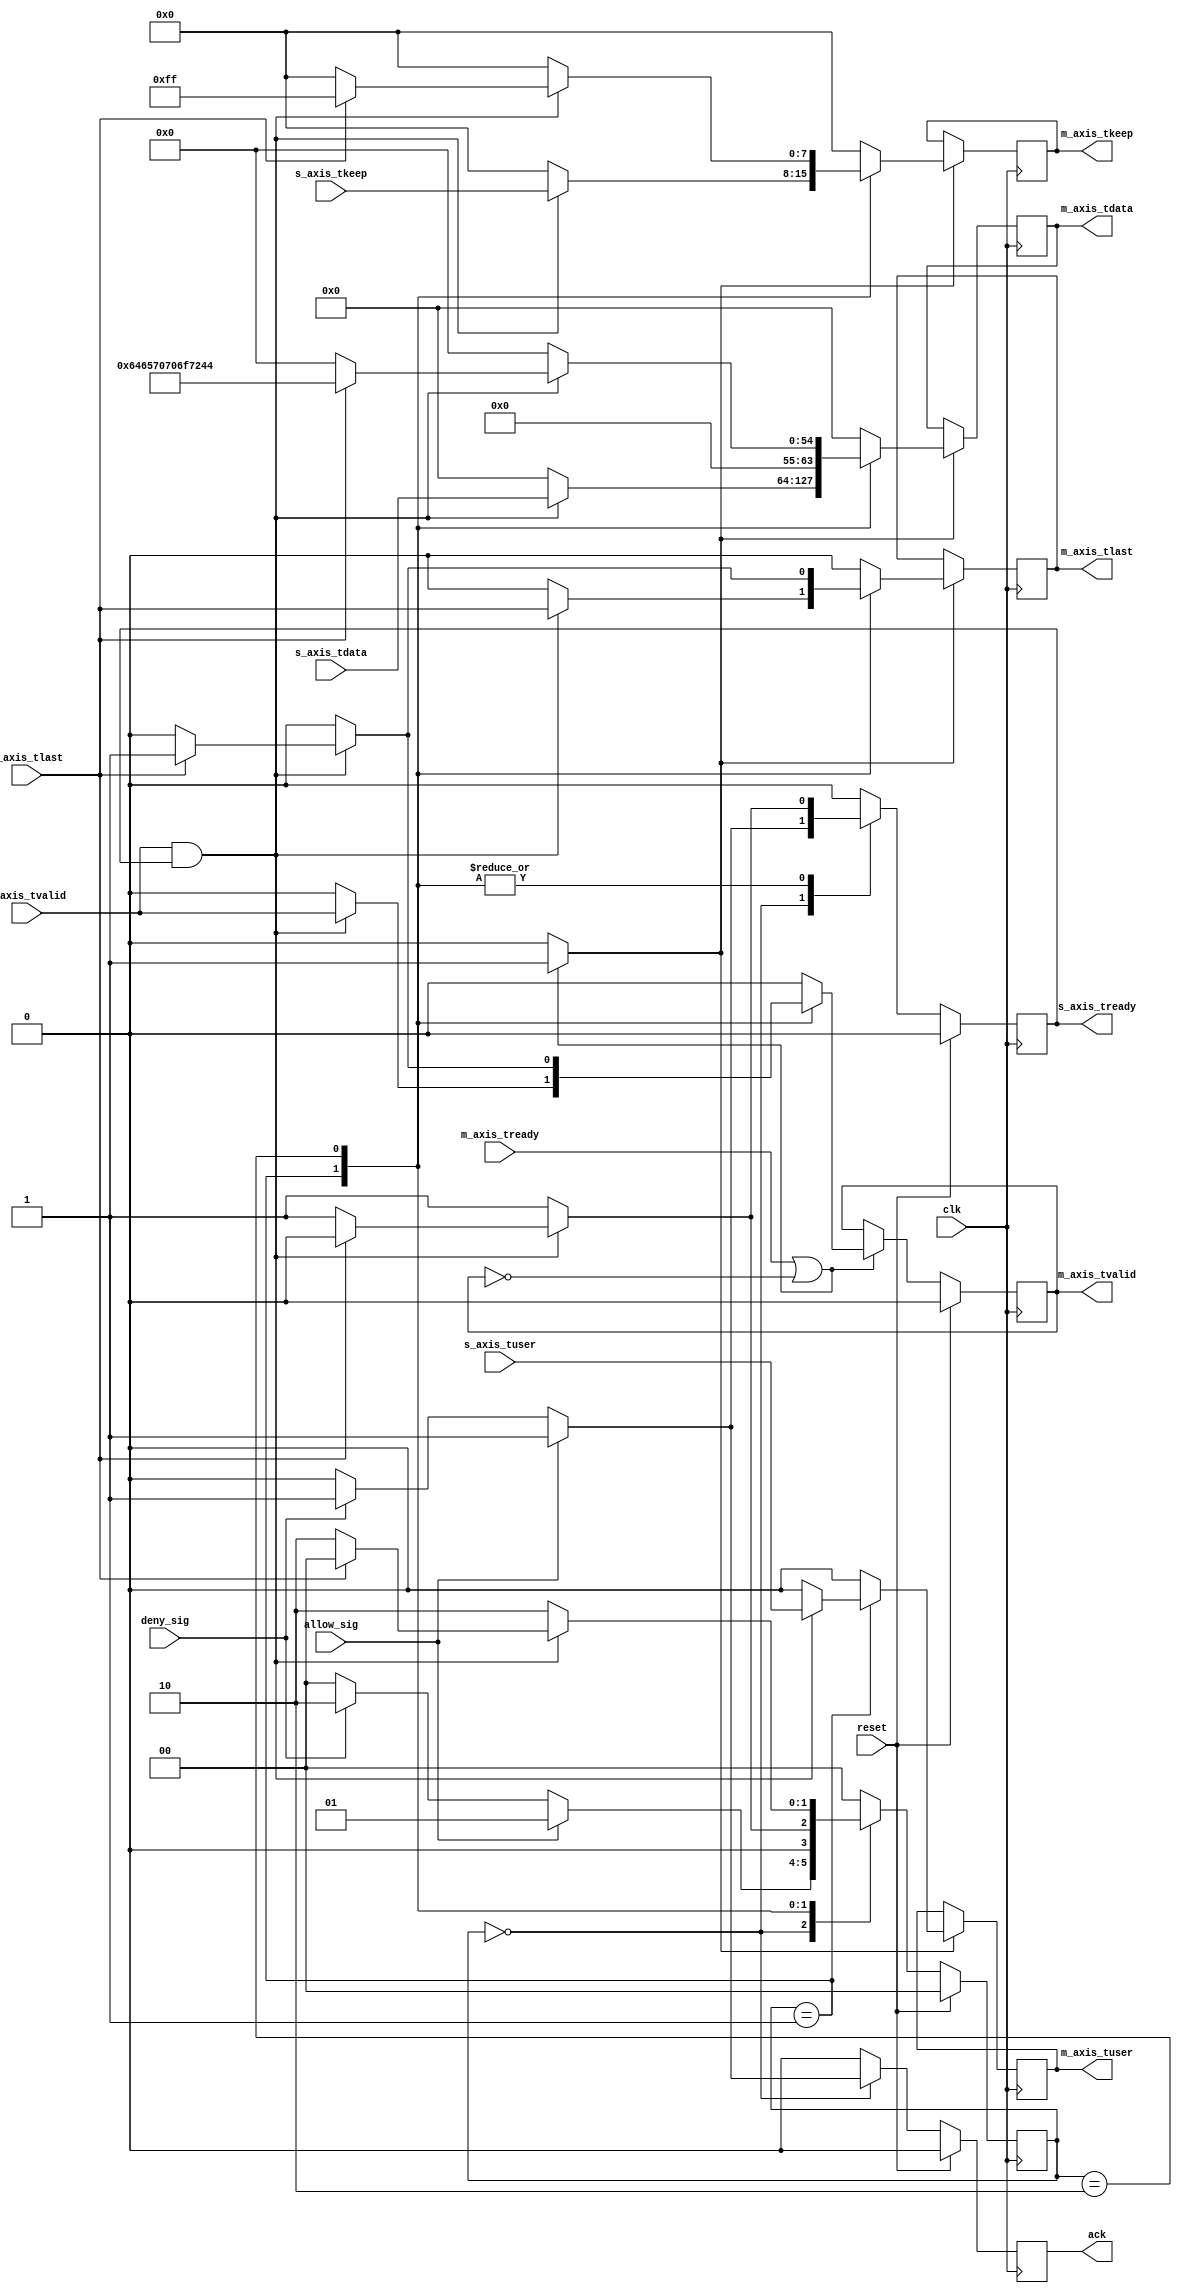
`default_nettype none

module access_control
(
  input  wire clk,
  input  wire reset,

  input  wire allow_sig,
  input  wire deny_sig,
  output wire ack,

  // AXI input
  input  wire [63:0] s_axis_tdata,
  input  wire [7:0]  s_axis_tkeep,
  input  wire        s_axis_tvalid,
  output wire        s_axis_tready,
  input  wire        s_axis_tlast,
  input  wire        s_axis_tuser,

  // AXI output
  output wire [63:0] m_axis_tdata,
  output wire [7:0]  m_axis_tkeep,
  output wire        m_axis_tvalid,
  input  wire        m_axis_tready,
  output wire        m_axis_tlast,
  output wire        m_axis_tuser
);

localparam [1:0]
  STATE_IDLE = 2'd0,
  STATE_ALLOW = 2'd1,
  STATE_DENY = 2'd2;

reg [63:0] dropped_msg_reg = 64'h00646570706F7244; // "Dropped" backwards

reg [1:0] state_reg = STATE_IDLE, state_next;
reg s_axis_tready_reg, s_axis_tready_next;
reg ack_reg, ack_next;

assign s_axis_tready = s_axis_tready_reg;
assign ack = ack_reg;

// internal datapath
reg [63:0] m_axis_tdata_int;
reg [7:0]  m_axis_tkeep_int;
reg        m_axis_tvalid_int;
reg        m_axis_tlast_int;
reg        m_axis_tuser_int;

// FSM
always @* begin
  state_next = STATE_IDLE;
  s_axis_tready_next = 1'b0;
  ack_next = 1'b0;

  m_axis_tdata_int = 64'd0;
  m_axis_tkeep_int = 8'd0;
  m_axis_tvalid_int = 1'b0;
  m_axis_tlast_int = 1'b0;
  m_axis_tuser_int = 1'b0;

  case (state_reg)
    STATE_IDLE: begin
      if (allow_sig) begin
        ack_next = 1'b1;
        s_axis_tready_next = 1'b1;
        state_next = STATE_ALLOW;
      end else if (deny_sig) begin
        ack_next = 1'b1;
        s_axis_tready_next = 1'b1;
        state_next = STATE_DENY;
      end else begin
        state_next = STATE_IDLE;
      end
    end
    STATE_ALLOW: begin
      if (s_axis_tvalid && s_axis_tready) begin
        s_axis_tready_next = 1'b1;

        m_axis_tdata_int = s_axis_tdata;
        m_axis_tkeep_int = s_axis_tkeep;
        m_axis_tvalid_int = s_axis_tvalid;
        m_axis_tlast_int = s_axis_tlast;
        m_axis_tuser_int = s_axis_tuser;

        state_next = STATE_ALLOW;

        if (s_axis_tlast) begin
          s_axis_tready_next = 1'b0;
          state_next = STATE_IDLE;
        end
      end else begin
        s_axis_tready_next = 1'b1;
        state_next = STATE_ALLOW;
      end
    end
    STATE_DENY: begin
      if (s_axis_tvalid && s_axis_tready) begin
        // discard message
        s_axis_tready_next = 1'b1;
        state_next = STATE_DENY;

        if (s_axis_tlast) begin
          // send dropped message
          m_axis_tdata_int = dropped_msg_reg;
          m_axis_tkeep_int = 8'b11111111;
          m_axis_tvalid_int = 1'b1;
          m_axis_tlast_int = 1'b1;
          m_axis_tuser_int = 1'b0;

          s_axis_tready_next = 1'b0;
          state_next = STATE_IDLE;
        end
      end else begin
        s_axis_tready_next = 1'b1;
        state_next = STATE_DENY;
      end
    end
    default: begin
      state_next = STATE_IDLE;
    end
  endcase
end

// Register update
always @(posedge clk) begin
  if (reset) begin
    state_reg <= STATE_IDLE;
    s_axis_tready_reg <= 1'b0;
    ack_reg <= 1'b0;
  end else begin
    state_reg <= state_next;
    s_axis_tready_reg <= s_axis_tready_next;
    ack_reg <= ack_next;
  end
end

// output datapath logic
reg [63:0] m_axis_tdata_reg = 64'd0;
reg [7:0]  m_axis_tkeep_reg = 8'd0;
reg        m_axis_tvalid_reg = 1'b0, m_axis_tvalid_next;
reg        m_axis_tlast_reg = 1'b0;
reg        m_axis_tuser_reg = 1'b0;

reg [63:0] temp_m_axis_tdata_reg = 64'd0;
reg [7:0]  temp_m_axis_tkeep_reg = 8'd0;
reg        temp_m_axis_tvalid_reg = 1'b0, temp_m_axis_tvalid_next;
reg        temp_m_axis_tlast_reg = 1'b0;
reg        temp_m_axis_tuser_reg = 1'b0;

// datapath control
reg store_int_to_output;
reg store_int_to_temp;
reg store_axis_temp_to_output;

assign m_axis_tdata = m_axis_tdata_reg;
assign m_axis_tkeep = m_axis_tkeep_reg;
assign m_axis_tvalid = m_axis_tvalid_reg;
assign m_axis_tlast = m_axis_tlast_reg;
assign m_axis_tuser = m_axis_tuser_reg;

always @* begin 
  // transfer sink ready state to source
  m_axis_tvalid_next = m_axis_tvalid_reg;
  temp_m_axis_tvalid_next = temp_m_axis_tvalid_reg;

  store_int_to_output = 1'b0;
  store_int_to_temp = 1'b0;
  store_axis_temp_to_output = 1'b0;
  
  if (m_axis_tready || !m_axis_tvalid_reg) begin
    // output is ready or not valid, transfer data to output
    m_axis_tvalid_next = m_axis_tvalid_int;
    store_int_to_output = 1'b1;
  end else begin
    // output is not ready, store input in temp
    temp_m_axis_tvalid_next = m_axis_tvalid_int;
    store_int_to_temp = 1'b1;
  end
end

always @(posedge clk) begin
  m_axis_tvalid_reg <= m_axis_tvalid_next;
  temp_m_axis_tvalid_reg <= temp_m_axis_tvalid_next;

  // datapath
  if (store_int_to_output) begin
    m_axis_tdata_reg <= m_axis_tdata_int;
    m_axis_tkeep_reg <= m_axis_tkeep_int;
    m_axis_tlast_reg <= m_axis_tlast_int;
    m_axis_tuser_reg <= m_axis_tuser_int;
  end else if (store_axis_temp_to_output) begin
    m_axis_tdata_reg <= temp_m_axis_tdata_reg;
    m_axis_tkeep_reg <= temp_m_axis_tkeep_reg;
    m_axis_tlast_reg <= temp_m_axis_tlast_reg;
    m_axis_tuser_reg <= temp_m_axis_tuser_reg;;
  end

  if (store_int_to_temp) begin
    temp_m_axis_tdata_reg <= m_axis_tdata_int;
    temp_m_axis_tkeep_reg <= m_axis_tkeep_int;
    temp_m_axis_tlast_reg <= m_axis_tlast_int;
    temp_m_axis_tuser_reg <= m_axis_tuser_int;
  end

  if (reset) begin
    m_axis_tvalid_reg <= 1'b0;
    temp_m_axis_tvalid_reg <= 1'b0;
  end
end

endmodule

`resetall